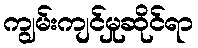
ကျွမ်းကျင်မှုဆိုင်ရာ